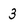
Character: 3